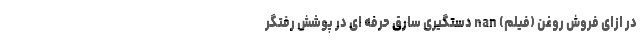
در ازای فروش روغن (فیلم) nan دستگیری سارق حرفه ای در پوشش رُفتگر